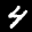
Label: 4